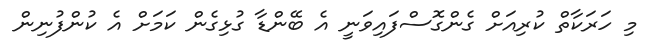
މި ހަރަކާތް ކުރިއަށް ގެންގޮސްފައިވަނީ އެ ބޭންޑާ ގުޅިގެން ކަމަށް އެ ކުންފުނިން